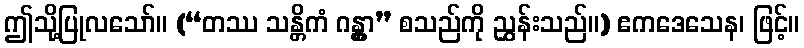
ဤသို့ပြုလသော်။ (“တဿ သန္တိကံ ဂန္တွာ” စသည်ကို ညွှန်းသည်။) ဧကဒေသေန၊ ဖြင့်။